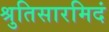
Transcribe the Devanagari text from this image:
श्रुतिसारमिदं